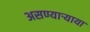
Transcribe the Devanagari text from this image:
असण्यार्‍याया